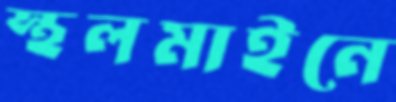
স্থলমাইনে